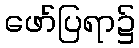
ဖော်ပြရာ၌